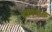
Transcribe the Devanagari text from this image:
स्पिकेस